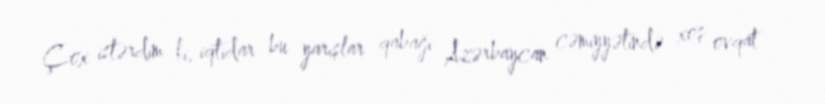
Çox istərdim ki, iqtidar bu yarışlar qabağı Azərbaycan cəmiyyətində xoş ovqat